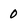
Character: 0